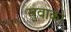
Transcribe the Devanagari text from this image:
सुवाको